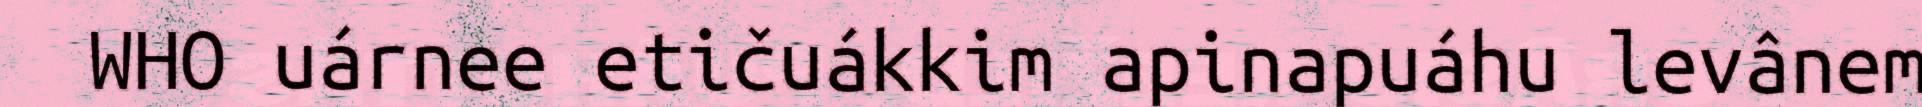
WHO uárnee etičuákkim apinapuáhu levânem